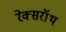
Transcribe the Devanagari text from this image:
रेक्सरॉथ